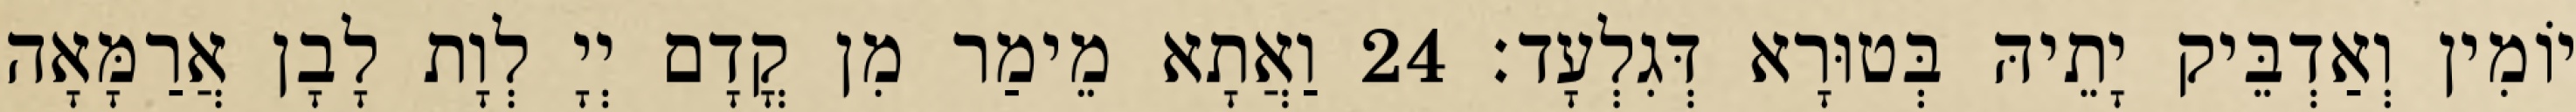
יוֹמִין וְאַדְבֵּיק יָתֵיהּ בְּטוּרָא דְּגִלְעָד׃ 24 וַאֲתָא מֵימַר מִן קֳדָם יְיָ לְוָת לָבָן אֲרַמָּאָה